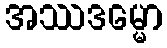
အဿဒမ္မော